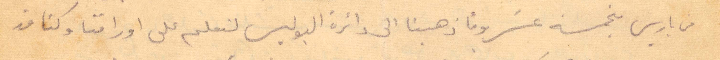
من باريس بخمسة عشر يومًا ذهبنا الى دائرة البوليس لنعلم على اوراقنا وكنا قد